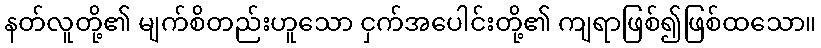
နတ်လူတို့၏ မျက်စိတည်းဟူသော ငှက်အပေါင်းတို့၏ ကျရာဖြစ်၍ဖြစ်ထသော။